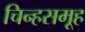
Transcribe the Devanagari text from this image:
चिन्हसमूह